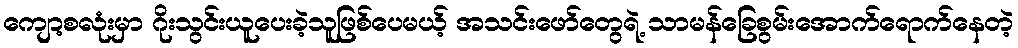
ကျော့စလုံးမှာ ဂိုးသွင်းယူပေးခဲ့သူဖြစ်ပေမယ့် အသင်းဖော်တွေရဲ့ သာမန်ခြေစွမ်းအောက်ရောက်နေတဲ့